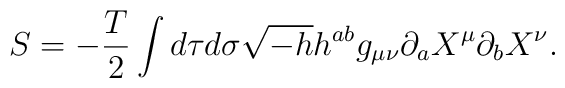
S= -\frac{T}{2} \int d\tau d\sigma \sqrt{-h} h^{ab} g_{\mu\nu}\partial_{a} X^{\mu} \partial_{b}X^{\nu} .